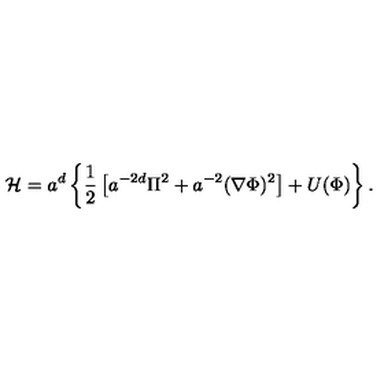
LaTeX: { \cal H } = a ^ { d } \left\{ \frac { 1 } { 2 } \left[ a ^ { - 2 d } \Pi ^ { 2 } + a ^ { - 2 } ( { \bf \nabla } \Phi ) ^ { 2 } \right] + U ( \Phi ) \right\} .